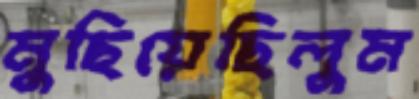
মুছিয়েছিলুম